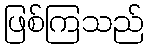
ဖြစ်ကြသည်